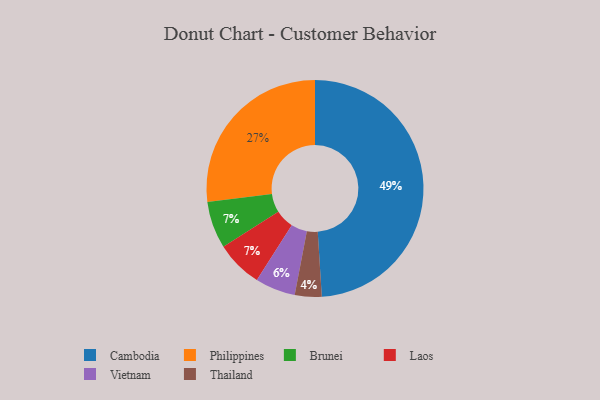
{"axis": {"x": "Category", "y": "Percentage"}, "legend": ["Brunei", "Cambodia", "Laos", "Philippines", "Thailand", "Vietnam"], "data": [{"x": "Brunei", "y": 7, "type": "Brunei"}, {"x": "Laos", "y": 7, "type": "Laos"}, {"x": "Philippines", "y": 27, "type": "Philippines"}, {"x": "Cambodia", "y": 49, "type": "Cambodia"}, {"x": "Thailand", "y": 4, "type": "Thailand"}, {"x": "Vietnam", "y": 6, "type": "Vietnam"}]}